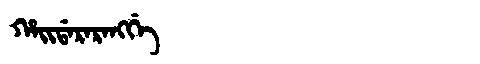
Manchu: ᡥᠠᡳᡩᠠᡵᠠᡵᠠᠩᡤᡝ
Romanization: HAIDARARANGGE